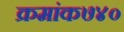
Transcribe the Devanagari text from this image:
क्रमांक७४०